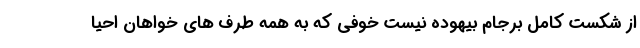
از شکست کامل برجام بیهوده نیست خوفی که به همه طرف های خواهان احیا